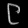
Digit: ၉